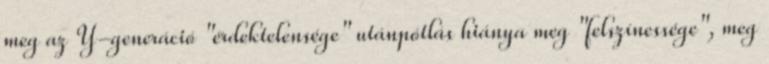
meg az Y-generáció "érdektelensége" utánpótlás hiánya meg "felszínessége", meg